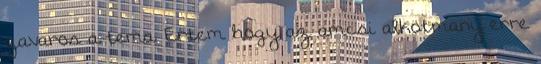
zavaros a tema. Ertem hogy az amcsi alkotmany erre